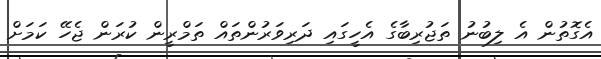
އެގޮތުން އެ ލިބުނު ތަޖުރިބާގެ އެހީގައި ދަރިވަރުންތައް ތަމްރީން ކުރަން ޖެހޭ ކަމަށް